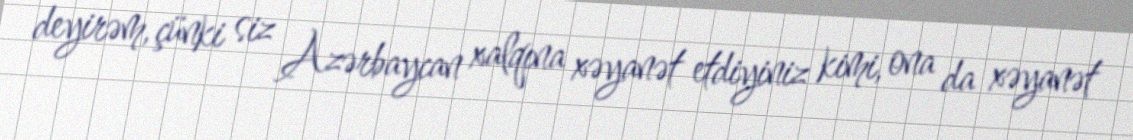
deyirəm, çünki siz Azərbaycan xalqına xəyanət etdiyiniz kimi, ona da xəyanət